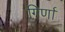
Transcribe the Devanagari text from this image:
गिर्णा